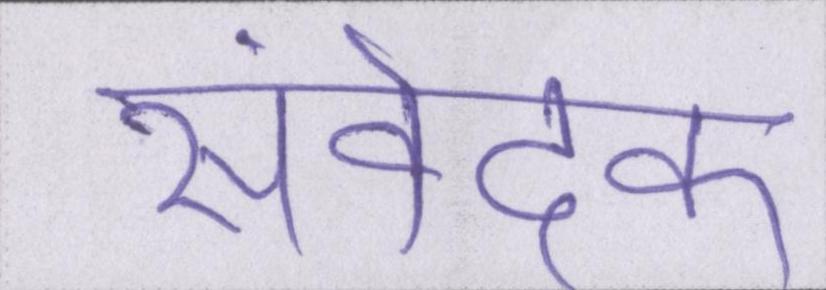
संवेदक